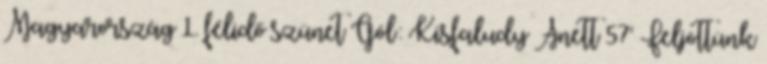
Magyarország 1. félidő szünet Gól: Kisfaludy Anett 57' Feljöttünk